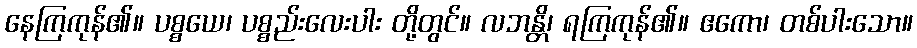
နေကြကုန်၏။ ပစ္စယေ၊ ပစ္စည်းလေးပါး တို့တွင်။ လဘန္တိ၊ ရကြကုန်၏။ ဧကော၊ တစ်ပါးသော။